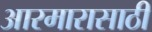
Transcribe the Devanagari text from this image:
आरमारासाठी